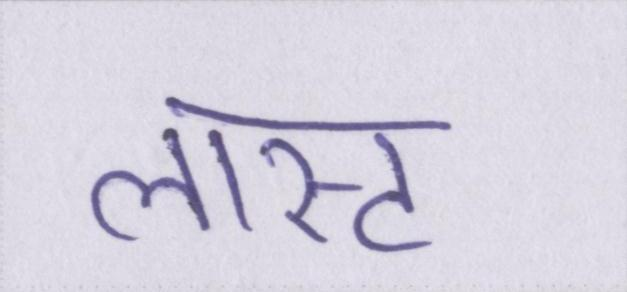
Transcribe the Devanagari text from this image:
लास्ट